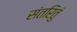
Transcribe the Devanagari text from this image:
संतरितुं